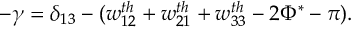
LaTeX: - \gamma = \delta _ { 1 3 } - ( w _ { 1 2 } ^ { t h } + w _ { 2 1 } ^ { t h } + w _ { 3 3 } ^ { t h } - 2 \Phi ^ { * } - \pi ) .